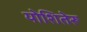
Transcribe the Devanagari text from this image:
योशितेरू